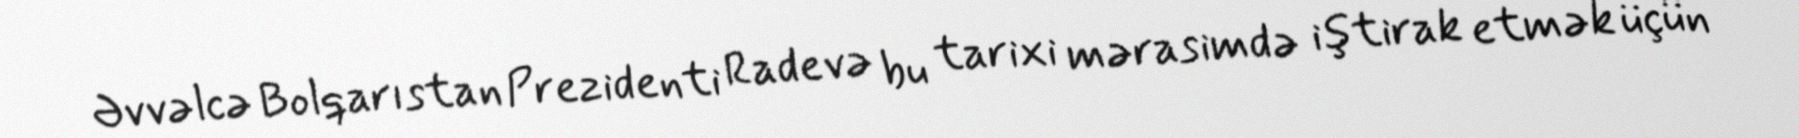
Əvvəlcə Bolqarıstan Prezidenti Radevə bu tarixi mərasimdə iştirak etmək üçün